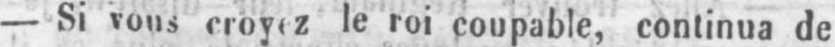
- Si vous croyez le roi coupable, continua de